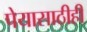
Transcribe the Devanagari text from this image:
पेयासाठीही